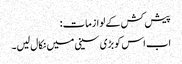
پیش کش کے لوازمات:
اب اس کو بڑی سینی میں نکال لیں۔